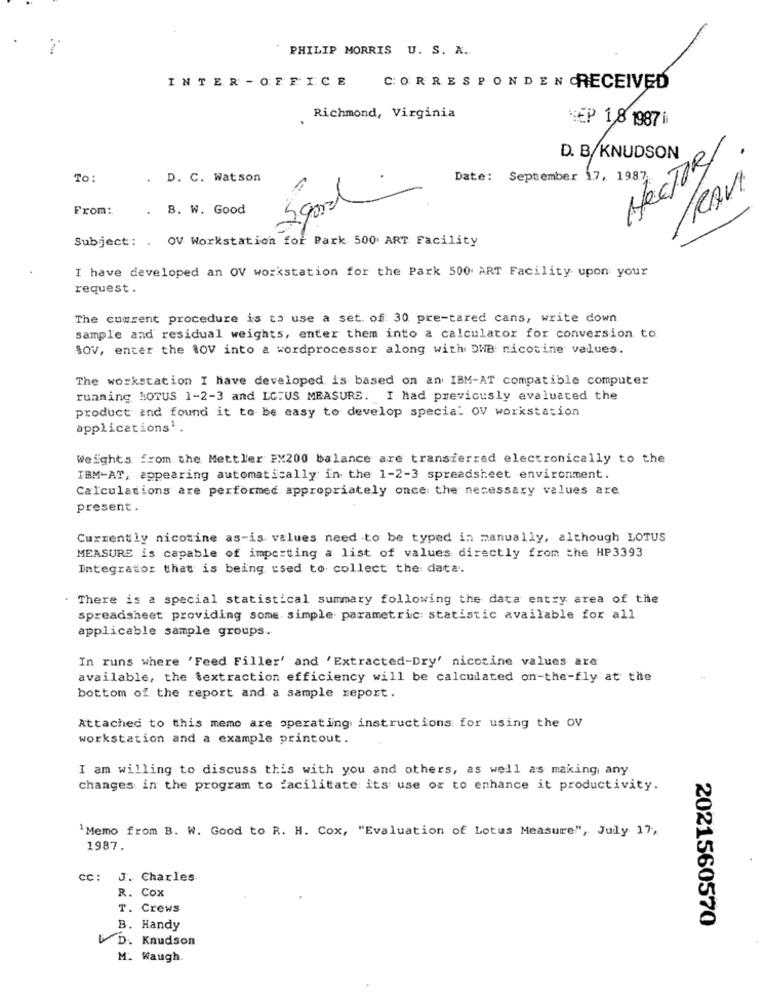
.-
PHILIP MORRIS U. S. X ..
INTER - OFFICE
CORRESPONDEN RECEIVED
.
Richmond, Virginia
YEP 1,8 1987 i
HECTORI.
D. B/KNUDSON
.
To:
. D. C. Watson
Date: September 17, 1987
/RAVI
Sgood
From:
. B. W. Good
Subject: . OV Workstation for Park 500 ART Facility
I have developed an OV workstation for the Park 500 ART Facility upon your
request .
The courent procedure is to use a set. of: 30 pre-tared cans, write down
sample and residual weights, enter them into a calculator for conversion to
SOV, enter the ROV into a wordprocessor along with DWB nicotine values.
The workstation I have developed is based on an IBM-AT compatible computer
running MOTUS 1-2-3 and LCFUS MEASURE. I had previously evaluated the
product and found it to be easy to develop special OV workstation
applications'.
Weights from the Mettler PX200 balance are transferred electronically to the
IBM-AT, appearing automatically in the 1-2-3 spreadsheet environment.
Calculations are performed appropriately once the necessary values are
present.
Currently nicotine as-is values need to be typed in manually, although LOTUS
MEASURE is capable of impe:ting a list of values directly from the HP3393
Integrator that is being used to collect the data.
. There is a special statistical summary following the data entry area of the
spreadsheet providing some simple parametric: statistic available for all
applicable sample groups.
In runs where 'Feed Filler' and 'Extracted-Dry' nicotine values are
available, the textraction efficiency will be calculated on-the-fly at the
bottom of the report and a sample report.
Attached to this memo are operating instructions for using the OV
workstation and a example printout.
I am willing to discuss this with you and others, as well as making any
changes in the program to facilitate its use or to enhance it productivity.
'Memo from B. W. Good to R. H. Cox, "Evaluation of Lotus Measure", July 17,
1987.
CC: J. Charles
R. Cox
T. Crews
2021560570
B. Handy
D. Knudson
M. Waugh.